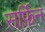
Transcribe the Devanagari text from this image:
सर्फ़िन